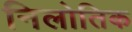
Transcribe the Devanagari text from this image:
निलोतिक